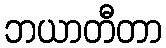
ဘယာတီတာ